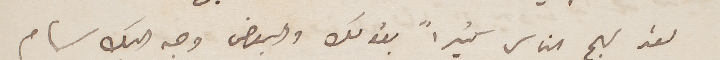
لقد بهج الناس كثيراً بقولك والبعض وجه اليك سهام